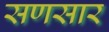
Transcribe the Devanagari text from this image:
सणसार